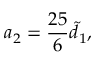
a _ { 2 } = \frac { 2 5 } { 6 } \widetilde { d } _ { 1 } ,